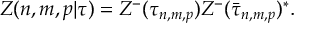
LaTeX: Z ( n , m , p | \tau ) = Z ^ { - } ( \tau _ { n , m , p } ) Z ^ { - } ( \bar { \tau } _ { n , m , p } ) ^ { * } .